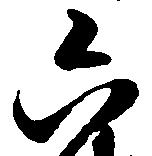
六